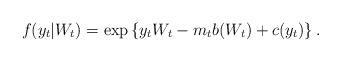
LaTeX: \begin{align*} f(y_{t}|W_t)=\exp\left\{y_{t}W_{t}- m_{t}b(W_{t}) + c(y_{t})\right\}.\end{align*}